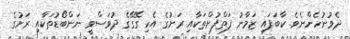
ދެވުނުހެންނެވެ. ކާބަފައި ޒަމާނު ފަތްފުށްތަކާއި ރަށުގެ އެކި ގޭގޭގެ ދުވަސްވީ ނަންބޯޑުތަކާއި ރަށުގެ